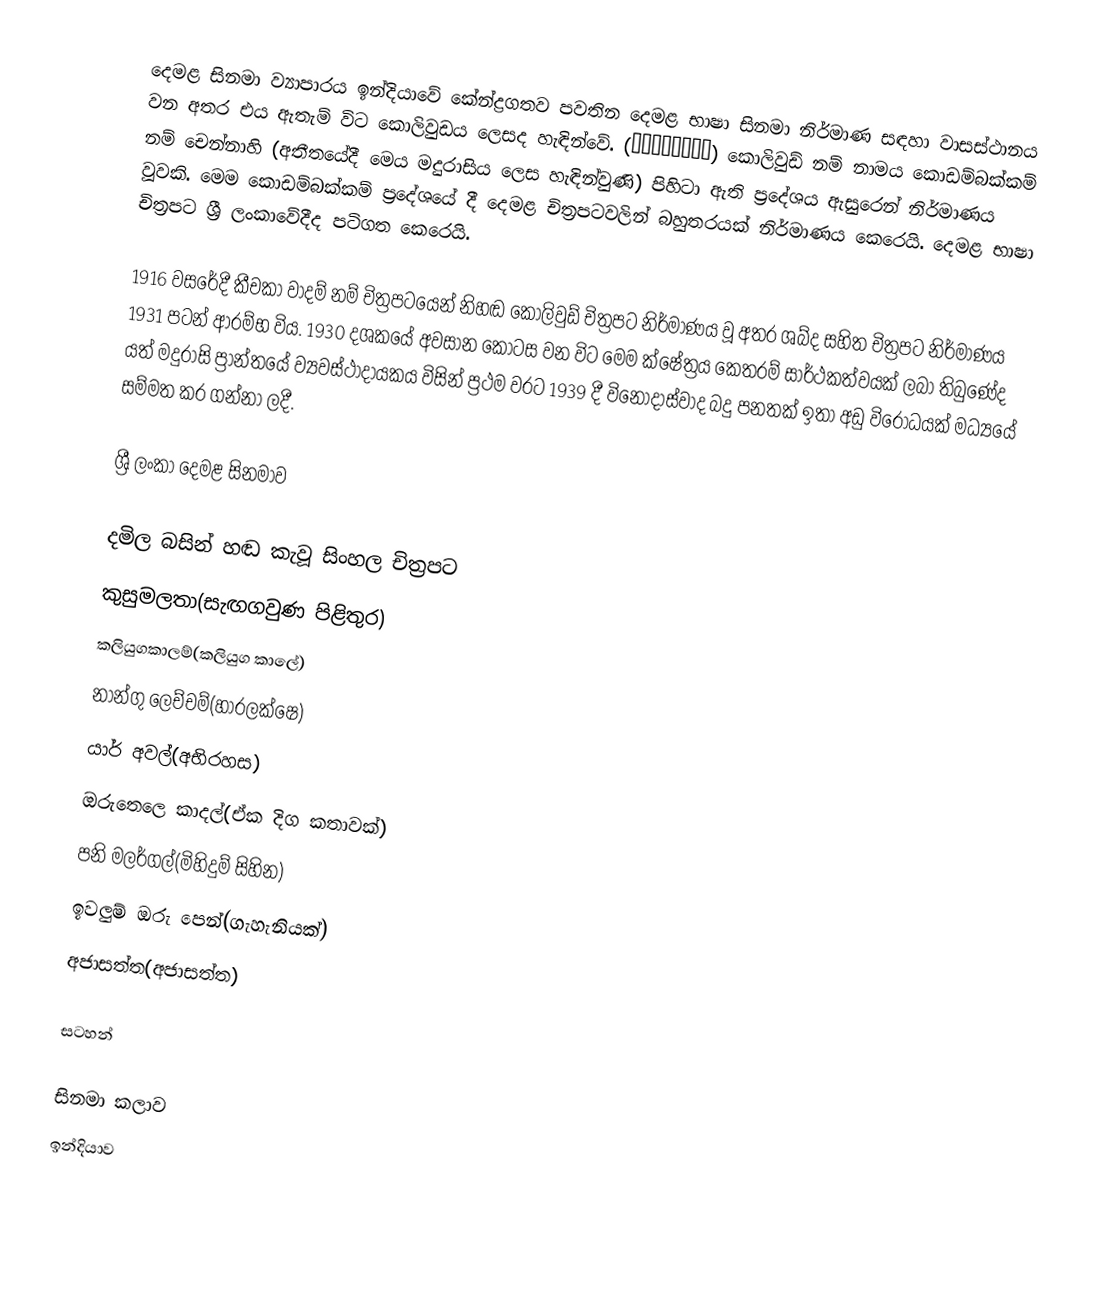
දෙමළ සිනමා ව්‍යාපාරය ඉන්දියාවේ කේන්ද්‍රගතව පවතින දෙමළ භාෂා සිනමා නිර්මාණ සඳහා වාසස්ථානය වන අතර එය ඇතැම් විට කොලිවුඩය ලෙසද හැඳින්වේ. (கோலிவுட்) කොලිවුඩ් නම් නාමය කොඩම්බක්කම් නම් චෙන්නාහි (අතීතයේදී මෙය මදුරාසිය ලෙස හැඳින්වුණි) පිහිටා ඇති ප්‍රදේශය ඇසුරෙන් නිර්මාණය වූවකි. මෙම කොඩම්බක්කම් ප්‍රදේශයේ දී දෙමළ චිත්‍රපටවලින් බහුතරයක් නිර්මාණය කෙරෙයි. දෙමළ භාෂා චිත්‍රපට ශ්‍රී ලංකාවේදීද පටිගත කෙරෙයි.

1916 වසරේදී කීචකා වාදම් නම් චිත්‍රපටයෙන් නිහඬ කොලිවුඩ් චිත්‍රපට නිර්මාණය වූ අතර ශබ්ද සහිත චිත්‍රපට නිර්මාණය 1931 පටන් ආරම්භ විය. 1930 දශකයේ අවසාන කොටස වන විට මෙම ක්ෂේත්‍රය කෙතරම් සාර්ථකත්වයක් ලබා තිබුණේද යත් මදුරාසි ප්‍රාන්තයේ ව්‍යවස්ථාදායකය විසින් ප්‍රථම වරට 1939 දී විනෝදාස්වාද බදු පනතක් ඉතා අඩු විරෝධයක් මධ්‍යයේ සම්මත කර ගන්නා ලදී.

ශ්‍රී ලංකා දෙමළ සිනමාව

දමිල බසින් හඬ කැවූ සිංහල චිත්‍රපට
කුසුමලතා(සැඟගවුණ පිළිතුර)
කලියුගකාලම්(කලියුග කාලේ)
නාන්ගු ලෙච්චම්(හාරලක්ෂෙ)
යාර් අවල්(අභිරහස)
ඔරුතෙලෙ කාදල්(ඒක දිග කතාවක්)
පනි මලර්ගල්(මිහිදුම් සිහින)
ඉවලුම් ඔරු පෙන්(ගැහැනියක්)
අජාසත්ත(අජාසත්ත)

සටහන්

සිනමා කලාව
ඉන්දියාව